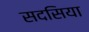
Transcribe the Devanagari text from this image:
सदसिया